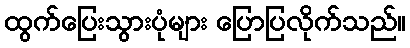
ထွက်ပြေးသွားပုံများ ပြောပြလိုက်သည်။